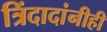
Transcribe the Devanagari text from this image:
त्रिंदादांनीही